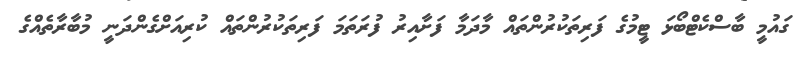
ގައުމީ ބާސްކެޓްބޯޅަ ޓީމުގެ ފަރިތަކުރުންތައް މާދަމާ ފަށާއިރު ފުރަތަމަ ފަރިތަކުރުންތައް ކުރިއަށްގެންދަނީ މުބާރާތެއްގެ